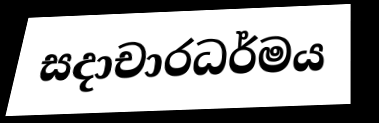
සදාචාරධර්මය